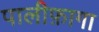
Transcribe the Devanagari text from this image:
पालीफ़ागा